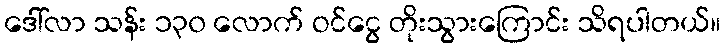
ဒေါ်လာ သန်း ၁၃၀ လောက် ဝင်ငွေ တိုးသွားကြောင်း သိရပါတယ်။